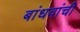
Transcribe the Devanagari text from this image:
बांधवांचीे